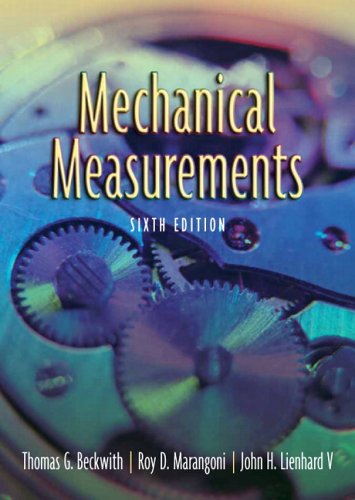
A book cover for Mechanical Measurements (6th Edition); Thomas G. Beckwith; Science & Math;